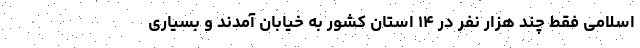
اسلامی فقط چند هزار نفر در ۱۴ استان کشور به خیابان آمدند و بسیاری